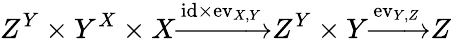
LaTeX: Z^{Y}\times Y^{X}\times X{\xrightarrow{\mathrm{id}\times\mathrm{ev}_{X,Y}}}Z^{Y}\times Y{\xrightarrow{\mathrm{ev}_{Y,Z}}}Z